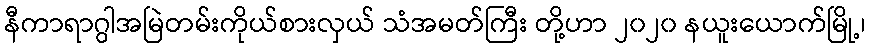
နီကာရာဂွါအမြဲတမ်းကိုယ်စားလှယ် သံအမတ်ကြီး တို့ဟာ ၂၀၂၀ နယူးယောက်မြို့၊